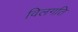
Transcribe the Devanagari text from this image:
विलगति